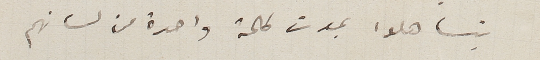
يتساهلوا بموت كلمة واحدة من لسانهم